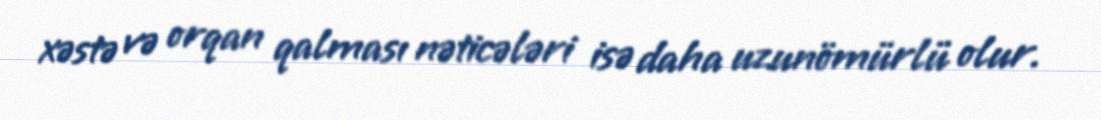
xəstə və orqan qalması nəticələri isə daha uzunömürlü olur.